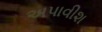
અપાવીશ